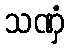
သဏှံ